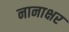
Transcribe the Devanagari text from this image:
नानाक्षर